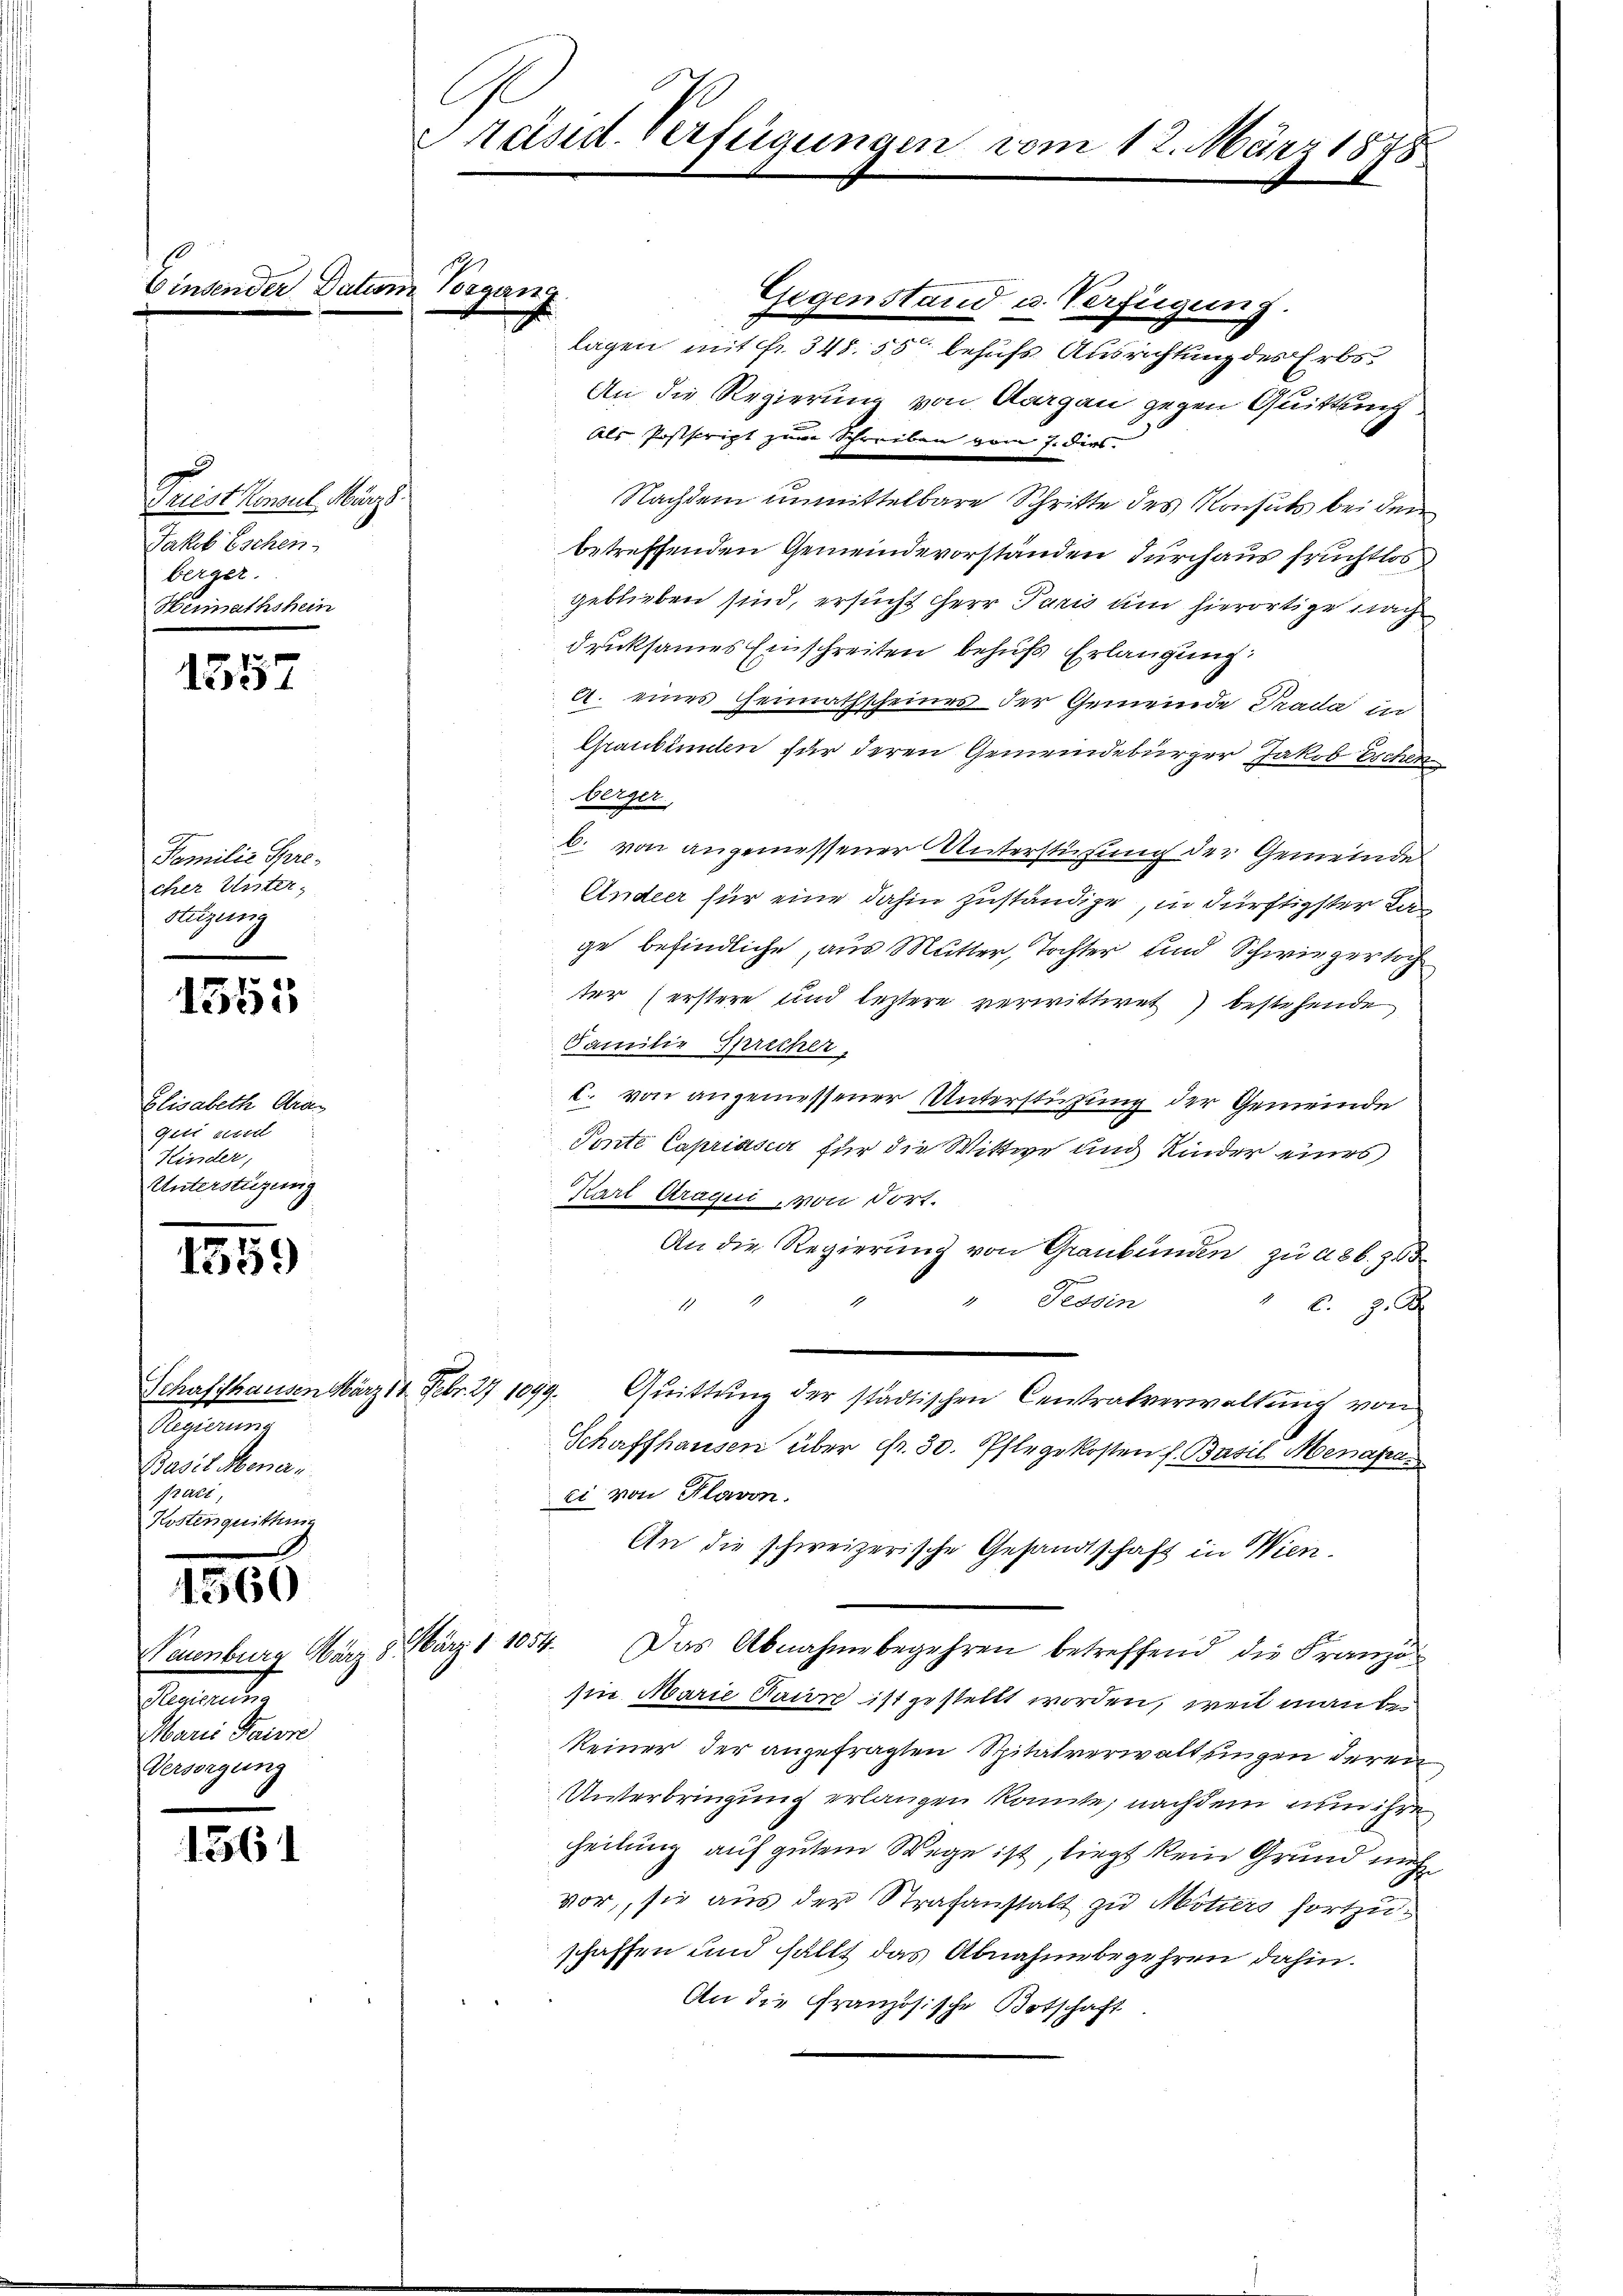
Frist Konsul März.
Jakob Eschen
berger.
Heimathshein

1557

Familie Sprecher Unter,
Sitzung

1355

Elisabeth Stras
qui viel
Kinder,
Unterstüzung

1359

d
Baudern
Pratt,
Kosten quittung

1266

Neuenburg März 8.
Garantier
Marie Paisse
Versorgung

1561

Datum Vorgang

l
Präsid. Verfügungen vom 12. März 1878
E

Gegenstand u. Verfügung.
lagen mit Fr. 348. 55 behufs Ausrichtung des Erbs
An die Regierung von Aargau gegen Quittung
Als Postscript zum Schreiben vom 7. ders.
Nachdem unmittelbare Schritte des Konsuls bei dem
betreffenden Gemeindevorständen durchaus fruchtlos
geblieben sind, ersucht Herr Paris um hierortige nach
druksames Einschreiten behufs Erlangung:
A. eines Heimathscheines der Gemeinde Prada in
Graubünden für deren Gemeindebürger Jakob Eschen
berger
b. von angemessener Unterstüzung der Gemeinde
Ander für eine dahin zuständige, in dürftigster Lan
ge befindliche, aus Mutter, Tochter und Schwiegertoch
ter erstere und leztere verwittwet) bestehende
Familie Sprecher,
c. von angemessener Unterstützung der Gemeinde
Ponte Capriasca für die Wittwe und Kinder eines
Karl Araqui ont dort.
An die Regierung von Graubünden zu a 86. 203
Tessin
7
C. J. A
Schaffhausen März 18 Febr. 27 1099. Quittung der städtischen Centralverwaltung von
Schaffhausen über Fr. 30. Pflegekosten f. Basil Menafaei von Plavon.
An die schweizerische Gesandtschaft in Wien.
März 1. 1054.
Das Abnahme begehren betreffend die Französ
sin Marie Paun ist gestellt worden, weil man bekeiner der anzufragten Spitalverwaltungen deren
Unterbringung erlangen könnte, nachdem nun ihre
heilung auf gutem Wege ist, liegt kein Grund nich
vor, sie aus der Strafanstalt zu Mitiers fortzuschaffen und fällt das Abnahmebegehren dahin.
An die Französische Botschaft